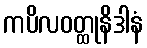
ကပိလဝတ္ထုနိဒါနံ